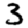
Digit: 3